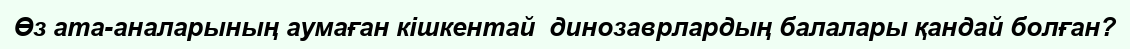
Өз ата-аналарының аумаған кішкентай  динозаврлардың балалары қандай болған?